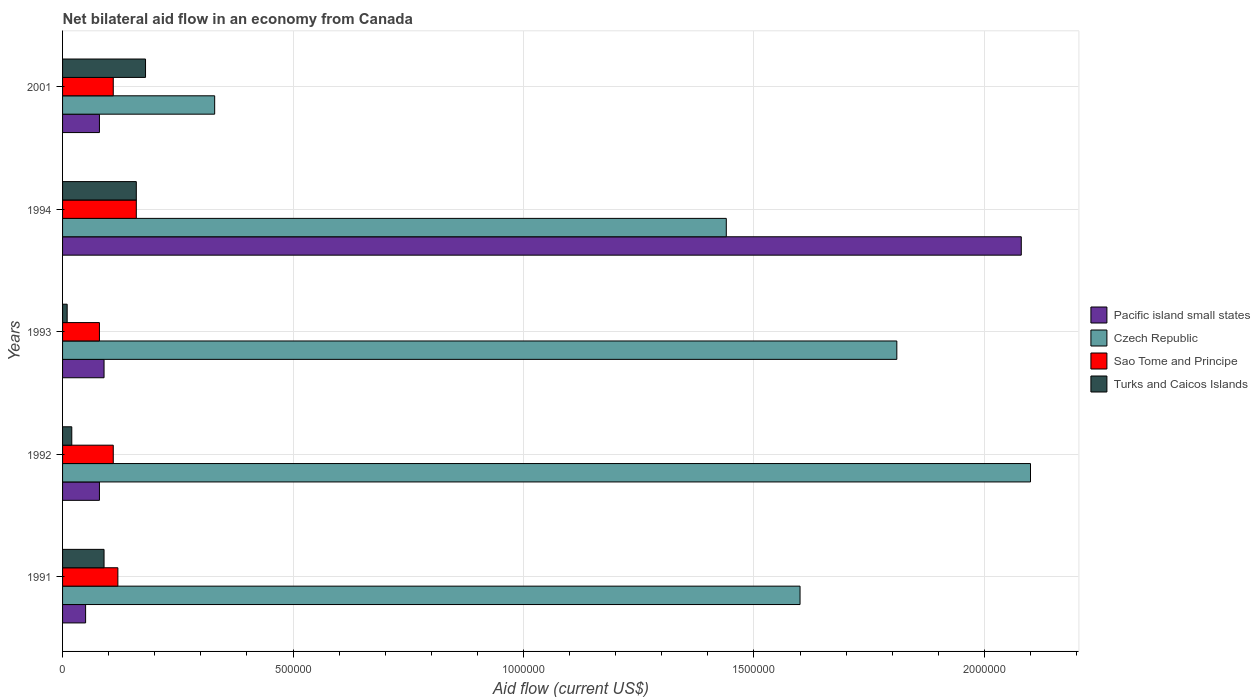
| Years | Pacific island small states | Czech Republic | Sao Tome and Principe | Turks and Caicos Islands |
 | --- | --- | --- | --- | --- |
 | 1991 | 5e+04 | 1.6e+06 | 1.2e+05 | 9e+04 |
 | 1992 | 8e+04 | 2.1e+06 | 1.1e+05 | 2e+04 |
 | 1993 | 9e+04 | 1.81e+06 | 8e+04 | 1e+04 |
 | 1994 | 2.08e+06 | 1.44e+06 | 1.6e+05 | 1.6e+05 |
 | 2001 | 8e+04 | 3.3e+05 | 1.1e+05 | 1.8e+05 |